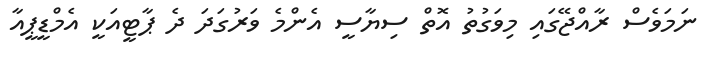
ނަމަވެސް ރާއްޖޭގައި މިވަގުތު އޮތް ސިޔާސީ އެންމެ ވަރުގަދަ ދެ ޕާޓީއަކީ އެމްޑީޕީއާ